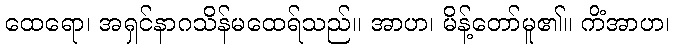
ထေရော၊ အရှင်နာဂသိန်မထေရ်သည်။ အာဟ၊ မိန့်တော်မူ၏။ ကိံအာဟ၊